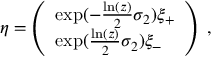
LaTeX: \eta = \left( \begin{array} { l } { { \exp ( - \frac { \ln ( z ) } { 2 } \sigma _ { 2 } ) \xi _ { + } } } \\ { { \exp ( \frac { \ln ( z ) } { 2 } \sigma _ { 2 } ) \xi _ { - } } } \end{array} \right) \; ,